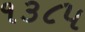
૧૩૮૫